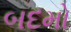
બદમો